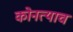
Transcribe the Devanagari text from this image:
कोनत्याच